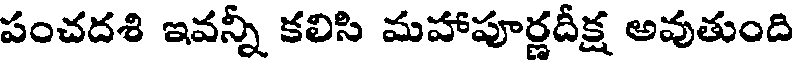
పంచదశి ఇవన్నీ కలిసి మహాపూర్ణదీక్ష అవుతుంది